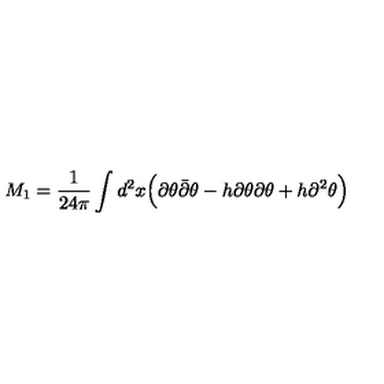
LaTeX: M _ { 1 } = { \frac { 1 } { 2 4 \pi } } \int d ^ { 2 } x \Big ( \partial \theta { \bar { \partial } } \theta - h \partial \theta \partial \theta + h \partial ^ { 2 } \theta \Big )